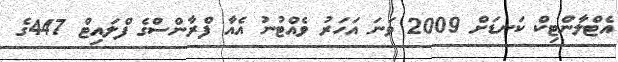
އެޓްލާންޓިކް ކަނޑަށް 2009 ވަނަ އަހަރު ވެއްޓުނު އެއާ ފްރާންސްގެ ފްލައިޓް 447ގެ